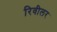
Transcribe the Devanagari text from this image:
रिवीलर